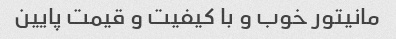
مانیتور خوب و با کیفیت و قیمت پایین